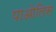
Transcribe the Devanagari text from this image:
पाओलिस